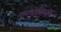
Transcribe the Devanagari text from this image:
एम्पोरिय्स